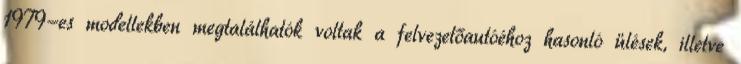
1979-es modellekben megtalálhatók voltak a felvezetőautóéhoz hasonló ülések, illetve